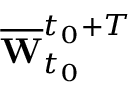
\overline { { \mathbf { W } } } _ { t _ { 0 } } ^ { t _ { 0 } + T }